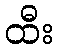
ထီး